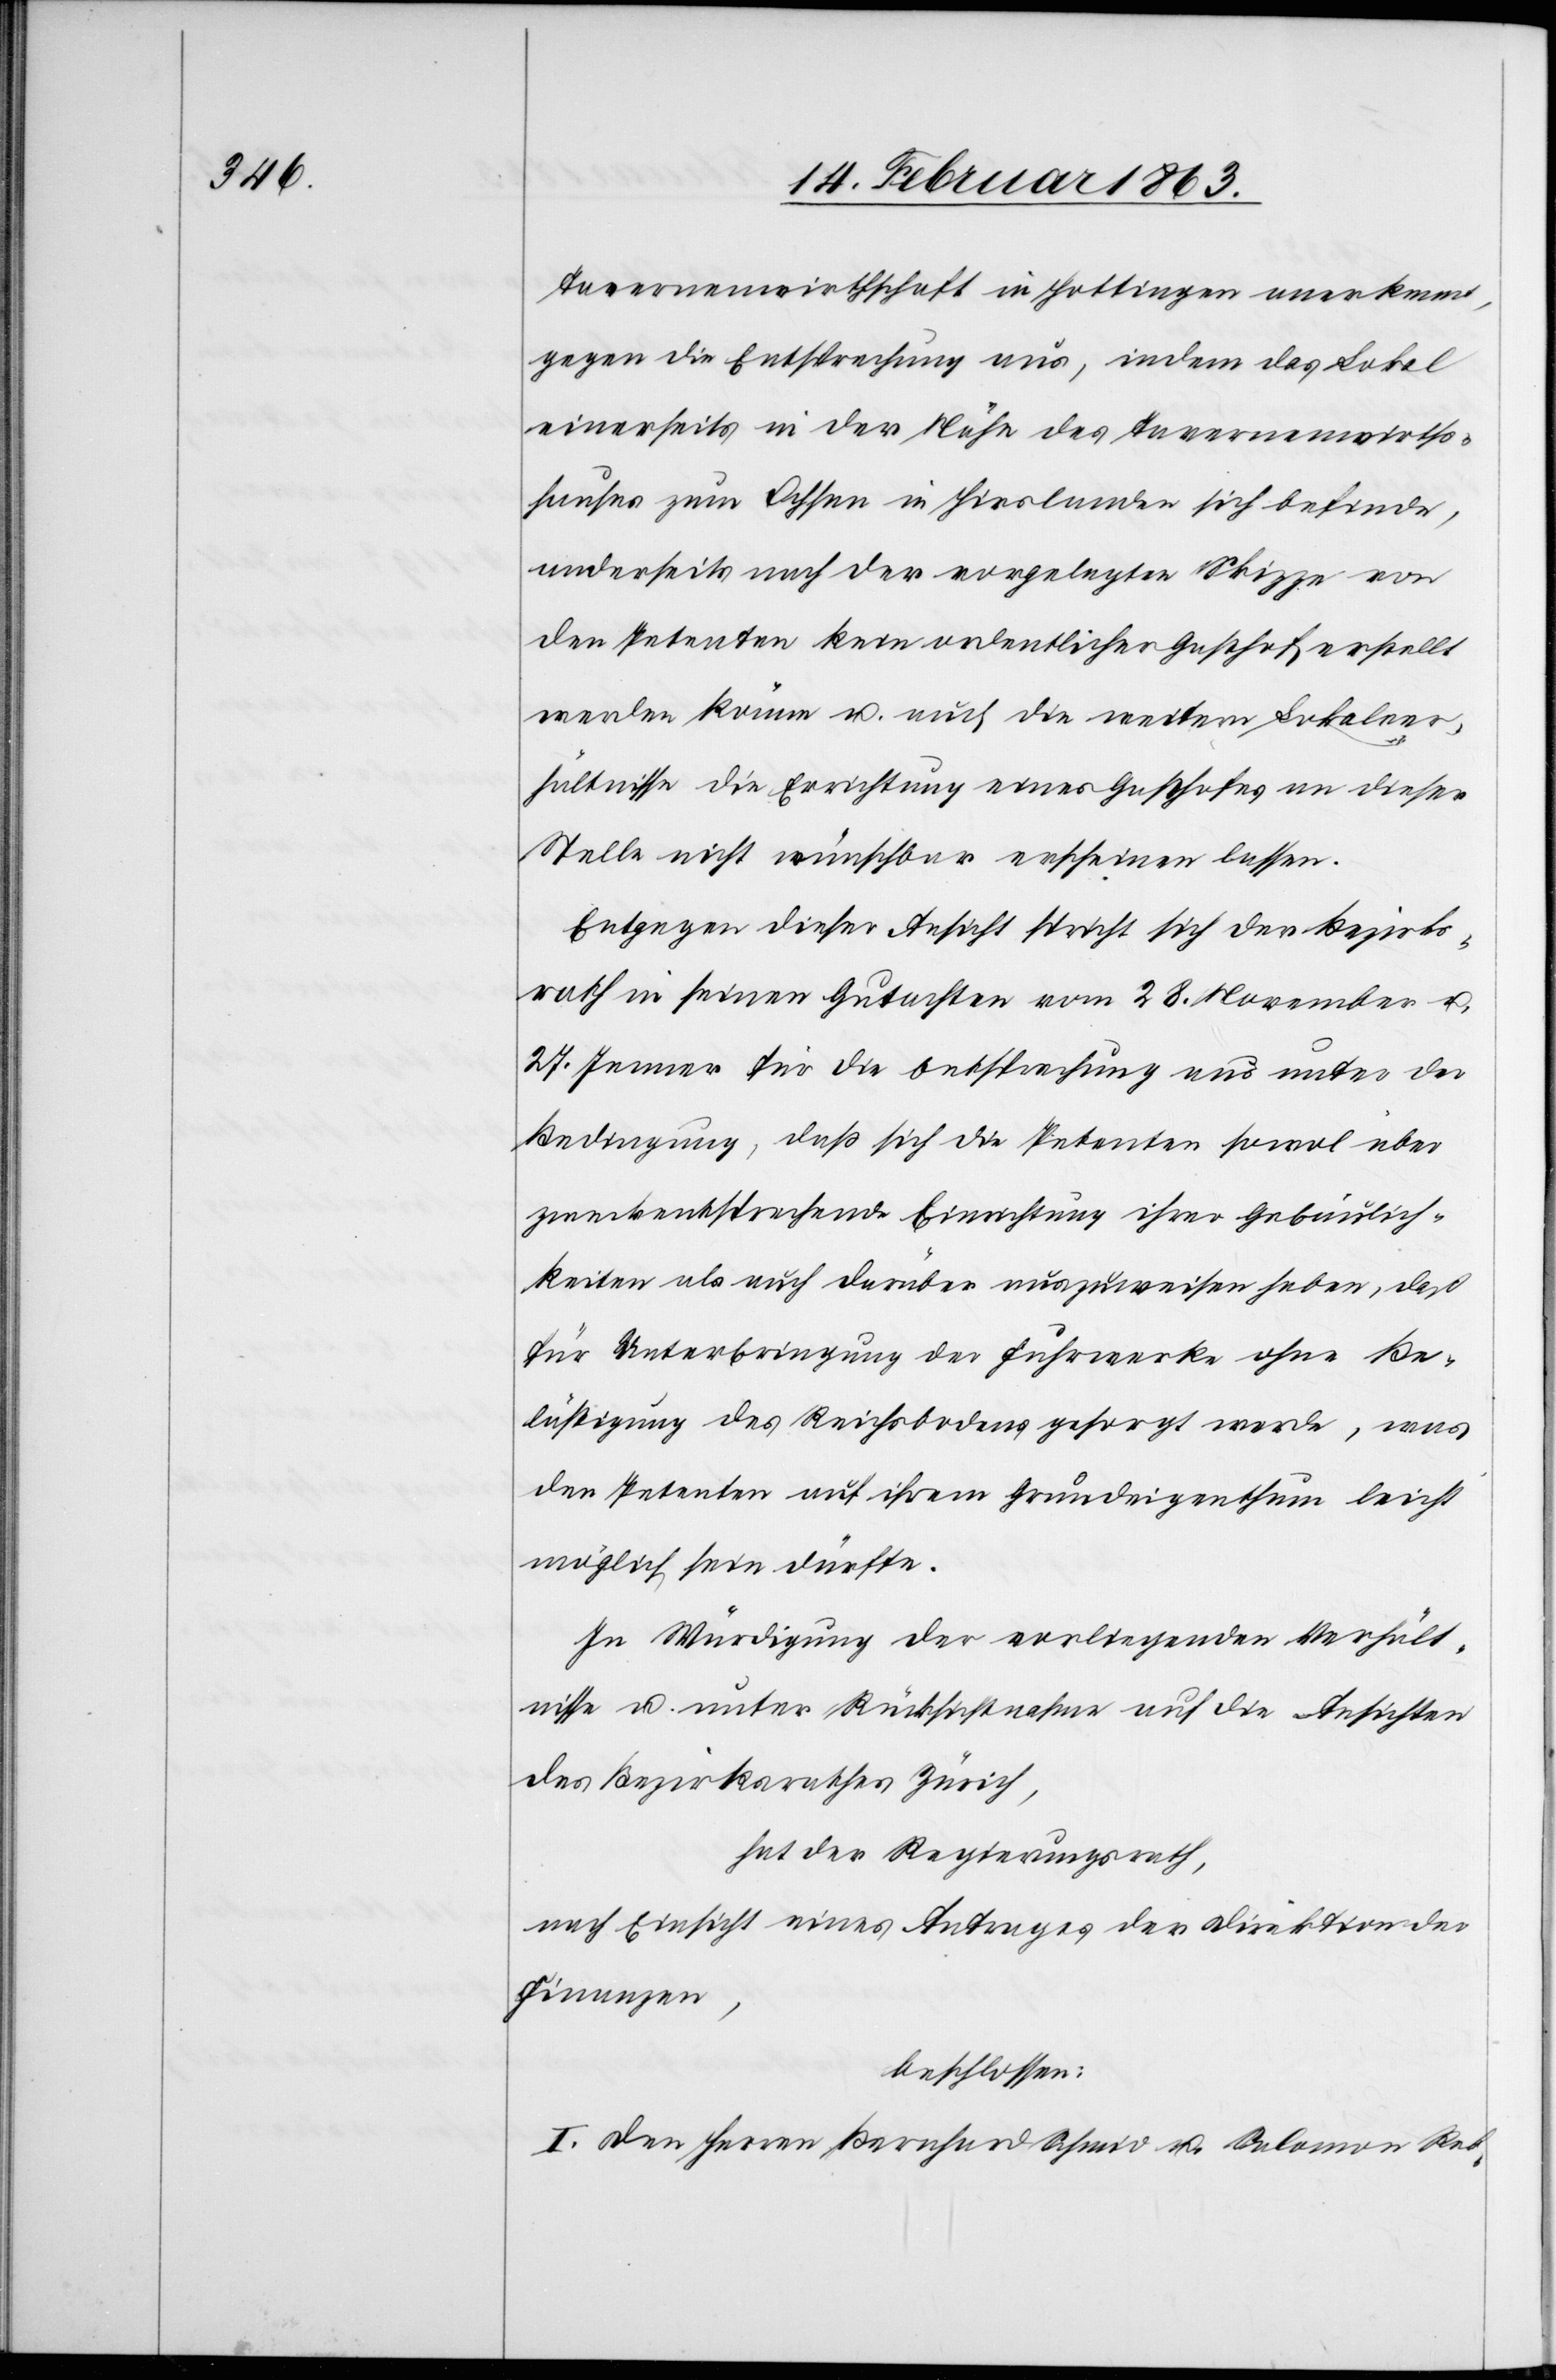
Tavernenwirthschaft in Hottingen anerkennt,
gegen die Entsprechung aus, indem das Lokal
einerseits in der Nähe des Tavernenwirths¬
hauses zum Ochsen in Hirslanden sich befinde,
anderseits nach der vorgelegten Skizze von
den Petenten kein ordentlicher Gasthof erstellt
werden könne u. auch die weitern Lokalver¬
hältnisse die Errichtung eines Gasthofes an dieser
Stelle nicht wünschbar erscheinen lassen.
Entgegen dieser Ansicht spricht sich der Bezirks¬
rath in seinen Gutachten vom 28. November u.
27. Jenner für die Entsprechung aus unter der
Bedingung, daß sich die Petenten sowol über
zweckentsprechende Einrichtung ihrer Gebäulich¬
keiten als auch darüber auszuweisen haben, daß
für Unterbringung der Fuhrwerke ohne Be¬
lästigung des Reichsbodens gesorgt werde, was
den Petenten auf ihrem Grundeigenthum leicht
möglich sein dürfte.
In Würdigung der vorliegenden Verhält¬
nisse u. unter Rücksichtnahme auf die Ansichten
des Bezirksrathes Zürich,
hat der Regierungsrath,
nach Einsicht eines Antrages der Direktion der
Finanzen,
beschlossen:
I. Den Herren Bernhard Schmid u. Salomon Reb-